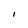
Character: I